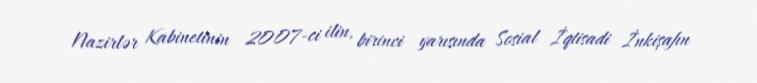
Nazirlər Kabinetinin 2007-ci ilin, birinci yarısında Sosial İqtisadi İnkişafın